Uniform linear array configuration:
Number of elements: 4
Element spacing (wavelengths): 0.5
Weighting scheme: cosine
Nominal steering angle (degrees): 0
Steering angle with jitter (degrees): -1.614
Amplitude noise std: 0.05
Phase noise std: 0.05

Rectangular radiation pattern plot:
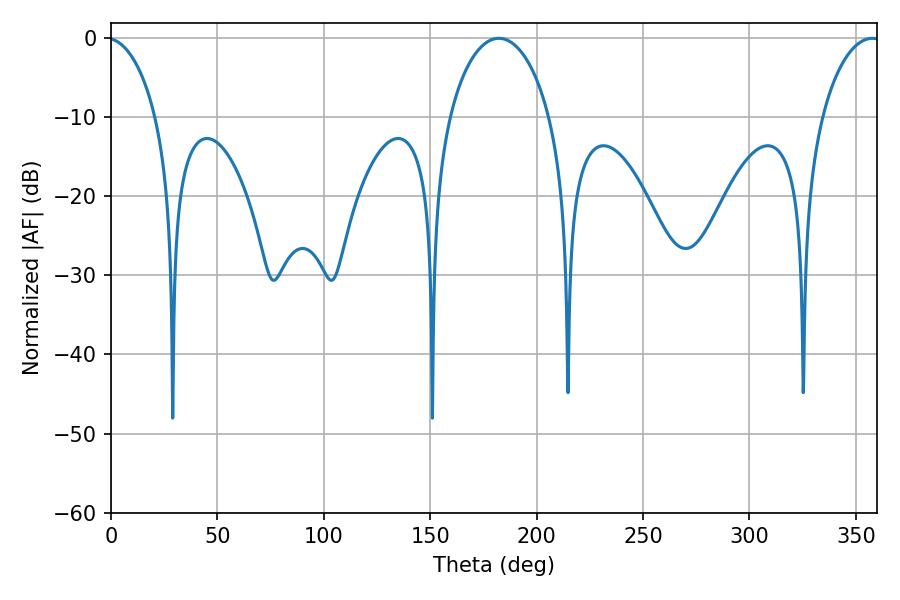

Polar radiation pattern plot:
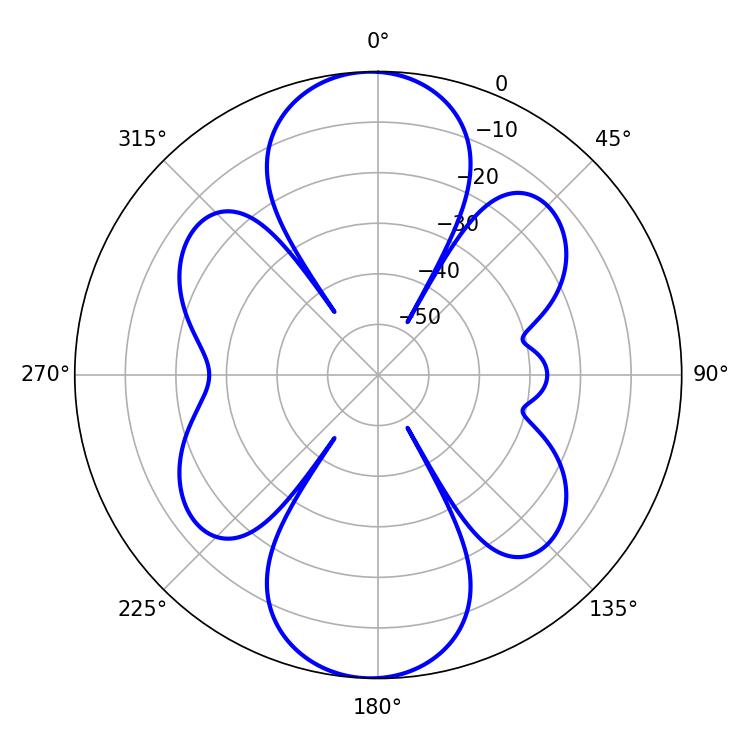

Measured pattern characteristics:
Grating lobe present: FALSE
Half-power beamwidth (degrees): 27
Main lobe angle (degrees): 182.16